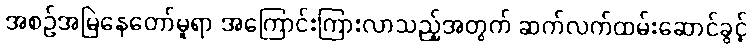
အစဉ်အမြဲနေတော်မူရာ အကြောင်းကြားလာသည့်အတွက် ဆက်လက်ထမ်းဆောင်ခွင့်